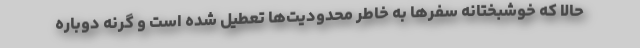
حالا که خوشبختانه سفرها به خاطر محدودیت‌ها تعطیل شده است و گرنه دوباره